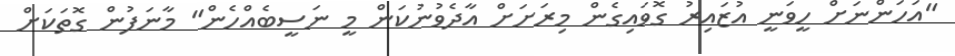
"އަހަންނަށް ހީވަނީ އުޒައިރު ގޮވައިގެން މިރަށަށް އާދެވުނުކަން މީ ނަސީބެއްހެން" މާނަފުން ގޮތަކަށް